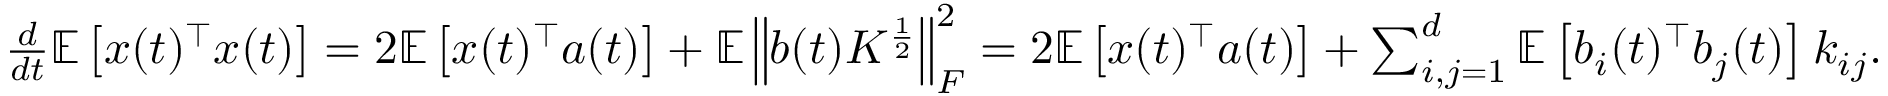
\begin{array} { r } { \frac { d } { d t } \mathbb E \left[ x ( t ) ^ { \top } x ( t ) \right] = 2 \mathbb E \left[ x ( t ) ^ { \top } a ( t ) \right] + \mathbb E \left\| b ( t ) K ^ { \frac { 1 } { 2 } } \right\| _ { F } ^ { 2 } = 2 \mathbb E \left[ x ( t ) ^ { \top } a ( t ) \right] + \sum _ { i , j = 1 } ^ { d } \mathbb E \left[ b _ { i } ( t ) ^ { \top } b _ { j } ( t ) \right] k _ { i j } . } \end{array}